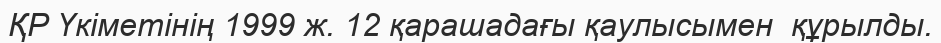
ҚР Үкіметінің 1999 ж. 12 қарашадағы қаулысымен  құрылды.